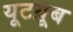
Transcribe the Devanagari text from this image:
यूटय़ूब